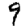
Digit: 9